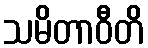
သမိတာဝီတိ